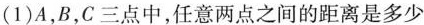
（1）A，B，C三点中，任意两点之间的距离是多少